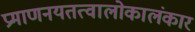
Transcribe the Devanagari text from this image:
प्रमाणनयतत्वालोकालंकार